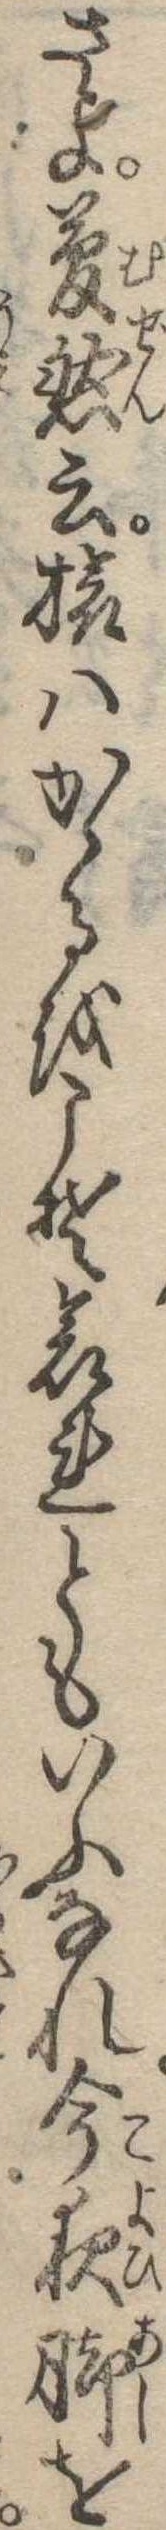
さよ夢然云旅はかゝるをこそ哀れともいふなれ今夜脚を